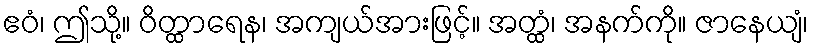
ဧဝံ၊ ဤသို့။ ဝိတ္ထာရေန၊ အကျယ်အားဖြင့်။ အတ္ထံ၊ အနက်ကို။ ဇာနေယျံ၊